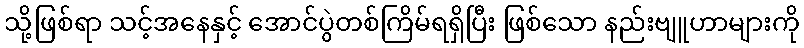
သို့ဖြစ်ရာ သင့်အနေနှင့် အောင်ပွဲတစ်ကြိမ်ရရှိပြီး ဖြစ်သော နည်းဗျူဟာများကို